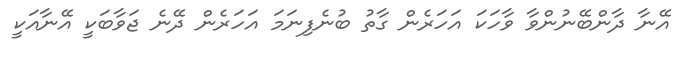
އޭނާ ދާންބޭނުންވާ ވާހަކަ އަހަރެން ގާތު ބުނެފިނަމަ އަހަރެން ދޭނެ ޖަވާބަކީ އޭނާއަކީ